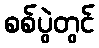
စစ်ပွဲတွင်